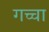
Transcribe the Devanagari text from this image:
गच्चा